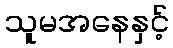
သူမအနေနှင့်